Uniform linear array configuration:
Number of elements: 64
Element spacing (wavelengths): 0.75
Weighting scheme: hann
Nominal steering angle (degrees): -45
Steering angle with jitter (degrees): -43.423
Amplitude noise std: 0.05
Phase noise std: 0.05

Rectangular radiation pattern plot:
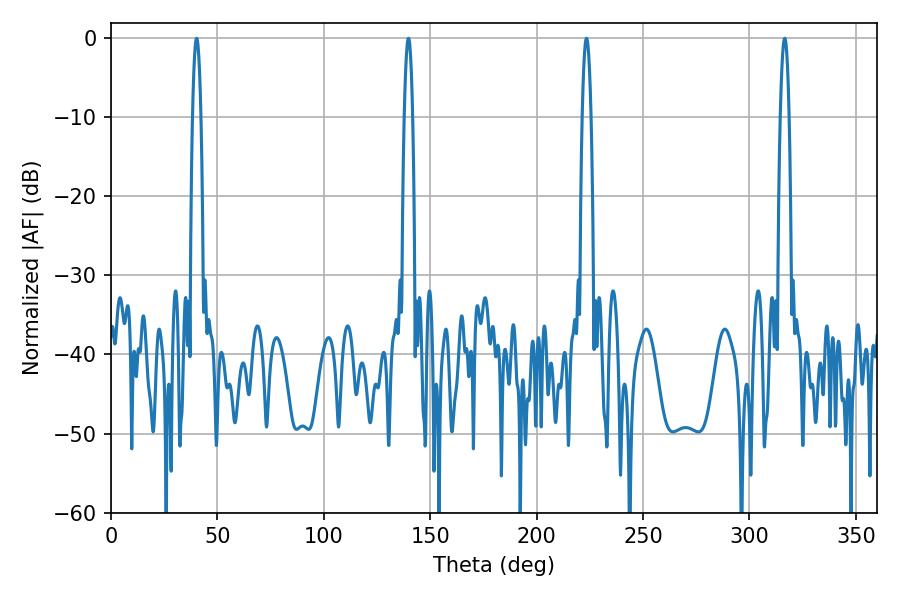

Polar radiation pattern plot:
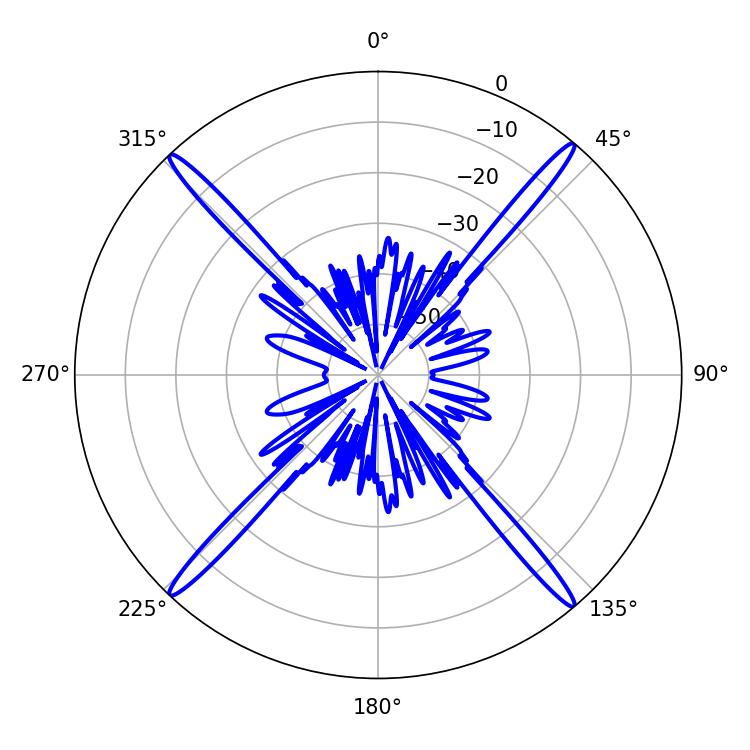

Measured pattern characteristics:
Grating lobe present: TRUE
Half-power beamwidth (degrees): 2.34
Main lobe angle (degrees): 223.38